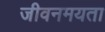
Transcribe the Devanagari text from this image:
जीवनमयता